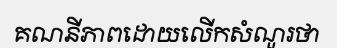
គណនីភាពដោយលើកសំណួរថា